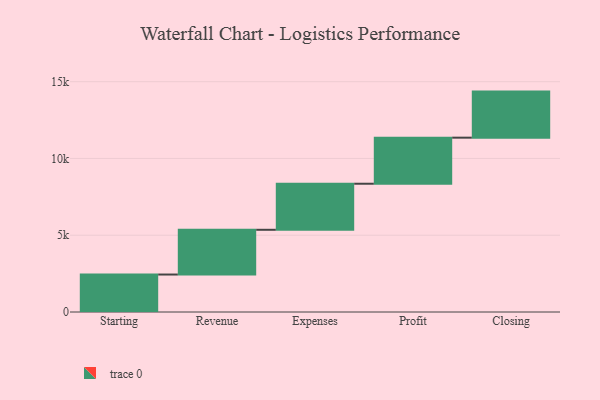
{"axis": {"x": "Step", "y": "Value"}, "legend": [""], "data": [{"x": "Starting", "y": 2440.0, "type": ""}, {"x": "Revenue", "y": 2914.0, "type": ""}, {"x": "Expenses", "y": 3000, "type": ""}, {"x": "Profit", "y": 3000, "type": ""}, {"x": "Closing", "y": 3000, "type": ""}]}